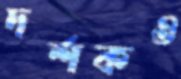
দর্শকও